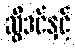
ဆွီဒင်နှင့်